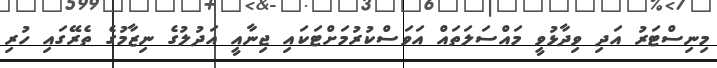
މިނިސްޓަރު އަދި ވިދާޅުވީ މައްސަލަތައް އަވަސްކުރުމަށްޓަކައި ޖިނާއީ އަދުލުގެ ނިޒާމުގެ ތެރޭގައި ހުރި